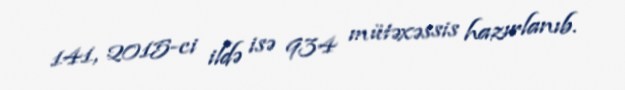
141, 2015-ci ildə isə 934 mütəxəssis hazırlanıb.